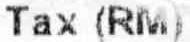
TAX (RM)